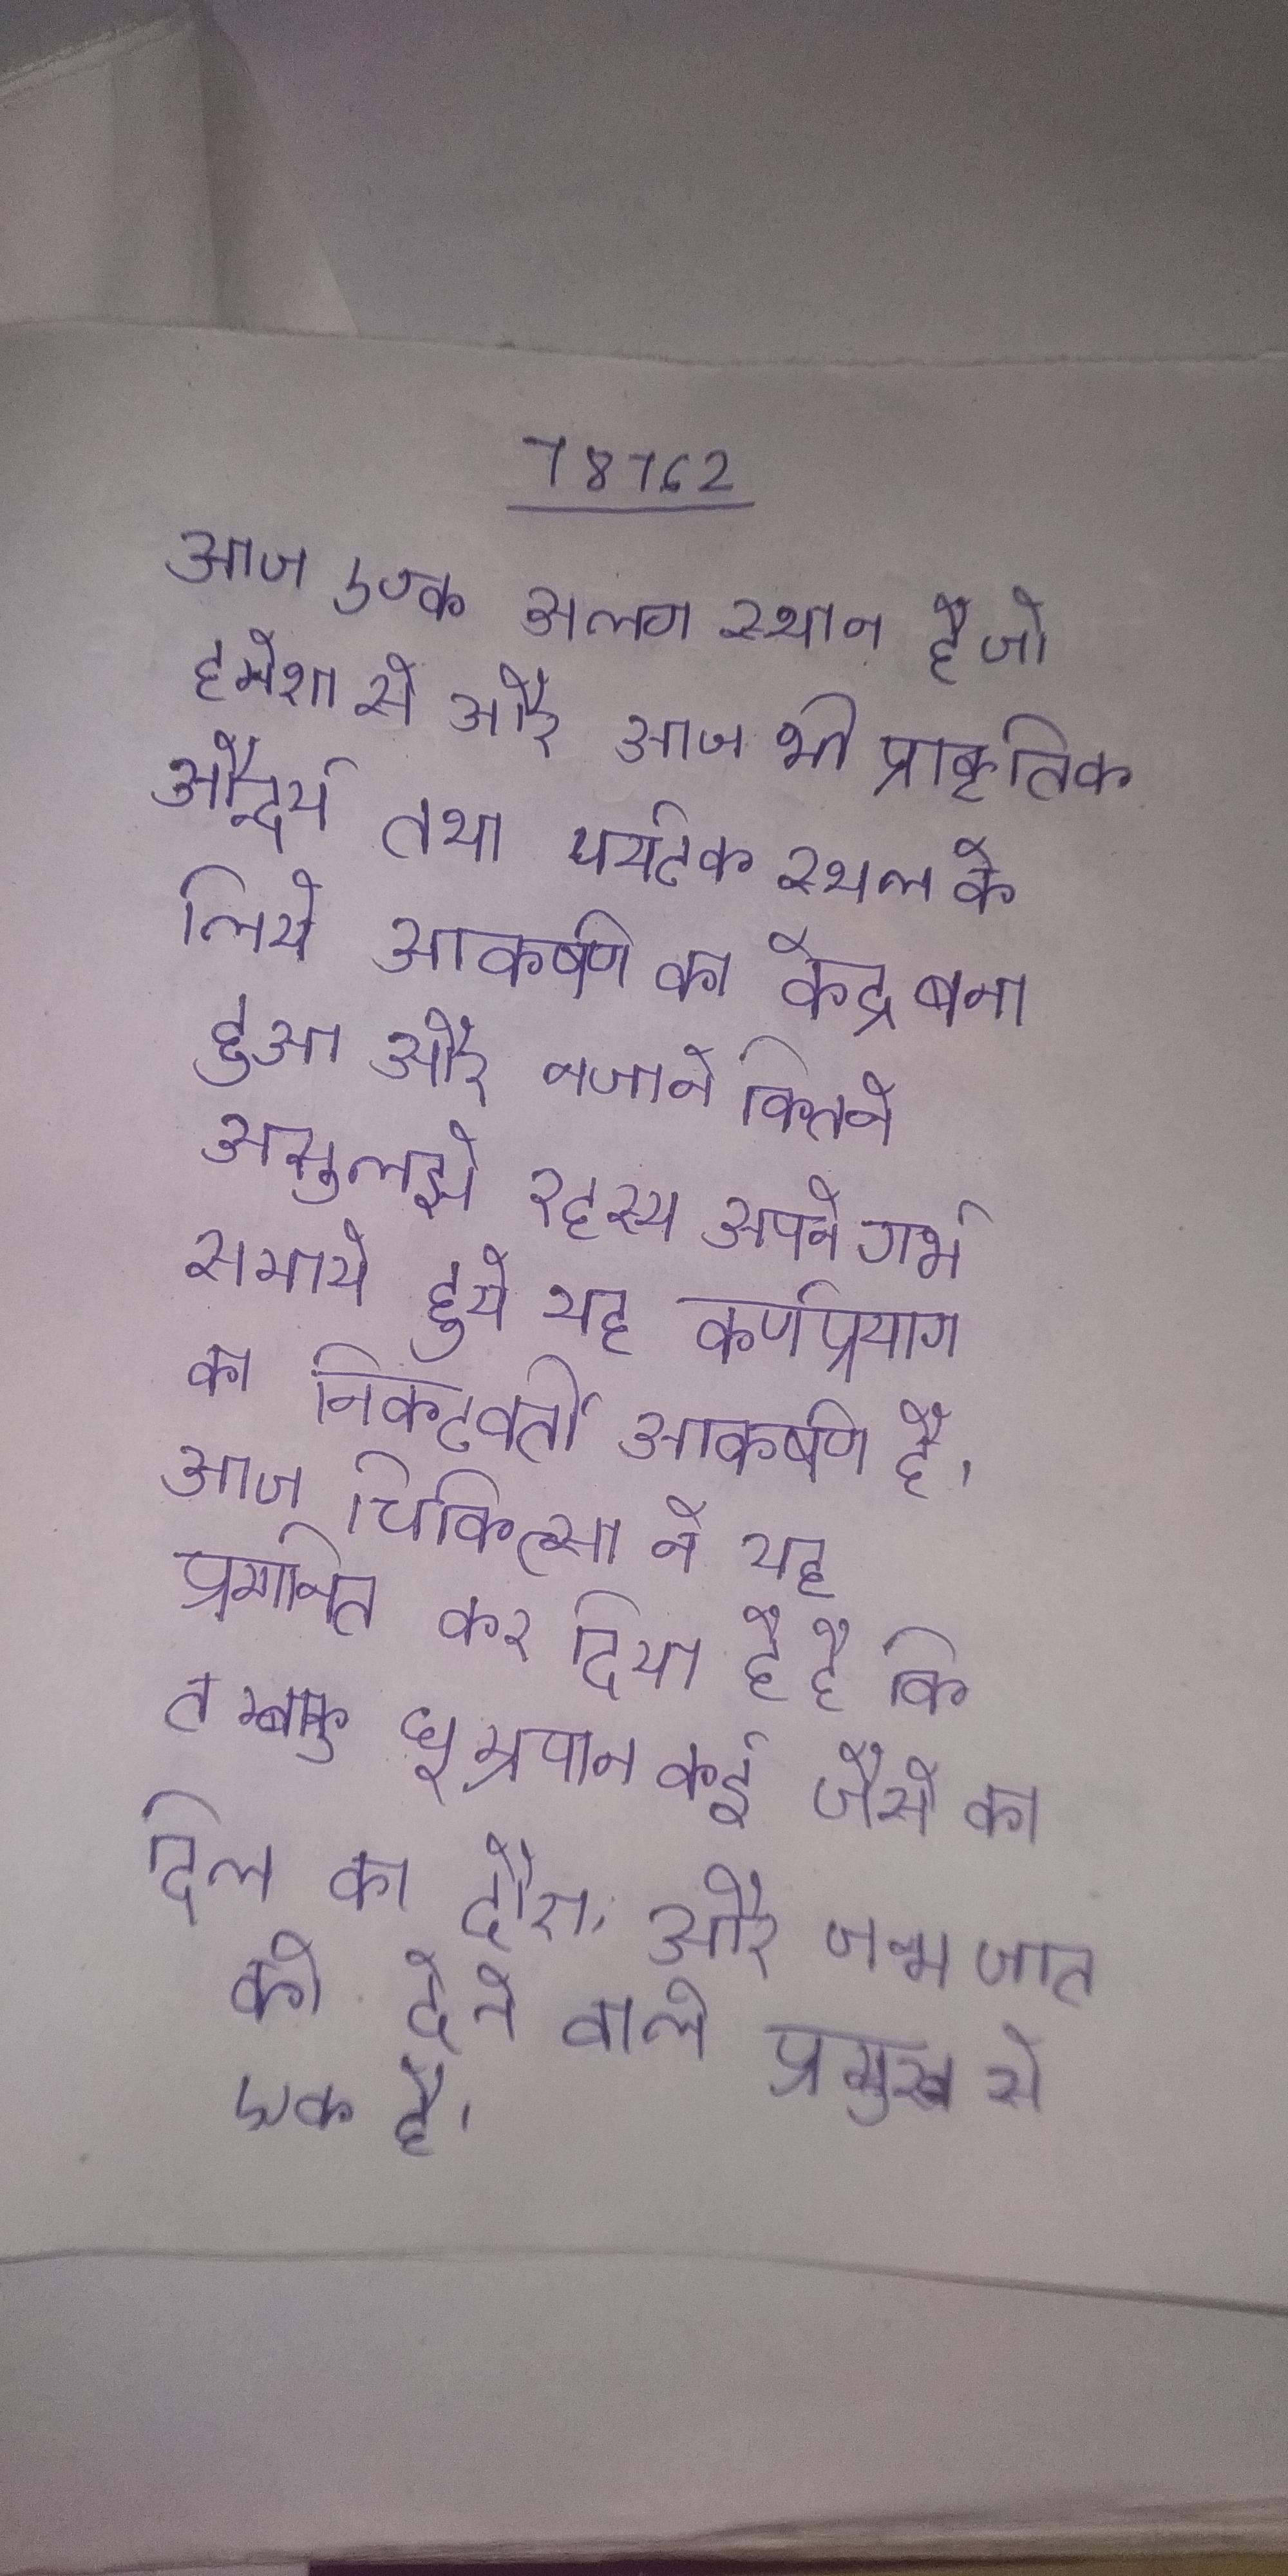
आज एक अलग स्थान है जो हमेशा से और आज भी प्राकृतिक सौन्दर्य तथा पर्यटक स्थल के लिये आकर्षण का केद्र बना हुआ और नजाने कितने असुलझे रहस्य अपने गर्भ समाये हुये यह कर्णप्रयाग का निकटवर्ती आकर्षण है । आज चिकित्सा ने यह प्रमाणित कर दिया है है कि तम्बाकू धूम्रपान कई जैसे का दिल का दौरा, और जन्मजात को देने वाले प्रमुख से एक है ।